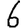
Digit: 6